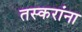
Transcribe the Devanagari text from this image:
तस्करांना